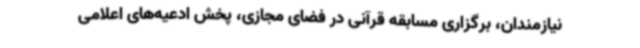
نیازمندان، برگزاری مسابقه قرآنی در فضای مجازی، پخش ادعیه‌های اعلامی